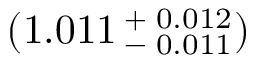
( 1 . 0 1 1 \, { } _ { - } ^ { + } \, { } _ { 0 . 0 1 1 } ^ { 0 . 0 1 2 } )